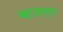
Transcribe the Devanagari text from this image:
श्वासहर